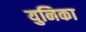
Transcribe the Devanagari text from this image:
युनिका